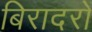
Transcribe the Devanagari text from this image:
बिरादरों